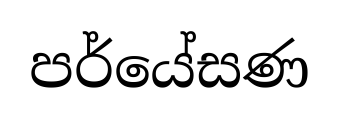
පර්යේසණ